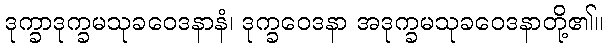
ဒုက္ခာဒုက္ခမသုခဝေဒနာနံ၊ ဒုက္ခဝေဒနာ အဒုက္ခမသုခဝေဒနာတို့၏။